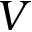
V